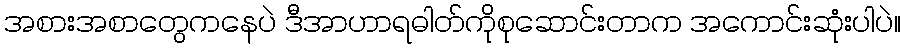
အစားအစာတွေကနေပဲ ဒီအာဟာရဓါတ်ကိုစုဆောင်းတာက အကောင်းဆုံးပါပဲ။